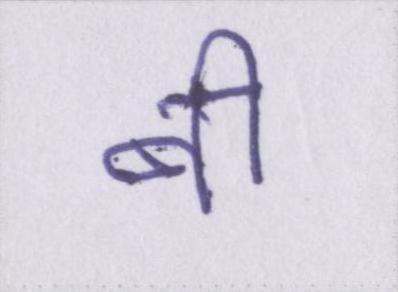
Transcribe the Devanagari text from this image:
बी